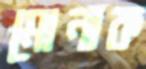
মোনাক